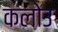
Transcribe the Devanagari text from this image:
कलोउ